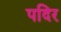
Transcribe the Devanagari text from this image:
पदिर